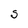
Character: S